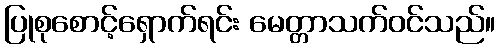
ပြုစုစောင့်ရှောက်ရင်း မေတ္တာသက်ဝင်သည်။